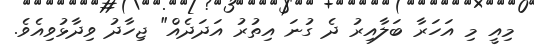
މިއީ މި އަހަރާ ބަލާއިރު ދެ ގުނަ އިތުރު އަދަދެއް" ޖިހާދު ވިދާޅުވިއެވެ.